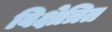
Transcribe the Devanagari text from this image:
विक्षेत्रित